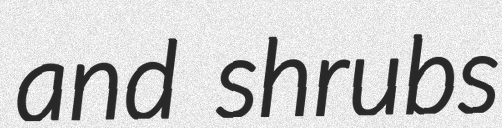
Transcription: and shrubs